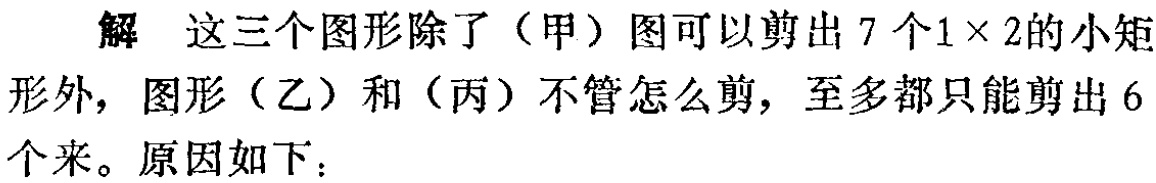
解 这三个图形除了（甲）图可以剪出 7 个\(1\times 2\)的小矩形外，图形（乙）和（丙）不管怎么剪，至多都只能剪出 6 个来。原因如下：